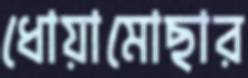
ধোয়ামোছার